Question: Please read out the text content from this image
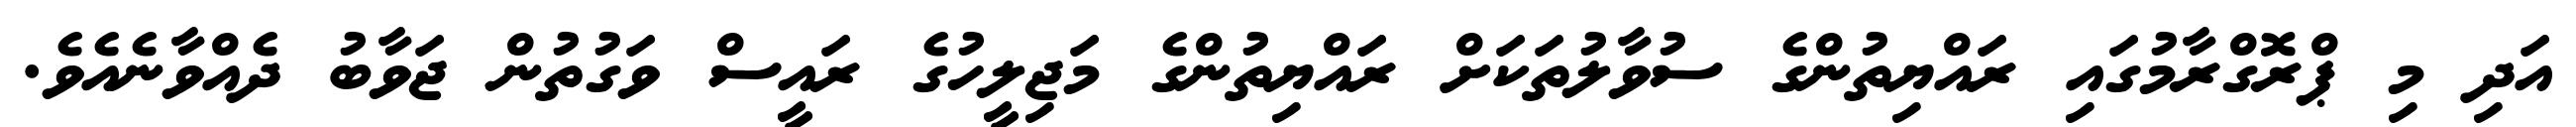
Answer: އަދި މި ޕްރޮގްރާމުގައި ރައްޔިތުންގެ ސުވާލުތަކަށް ރައްޔިތުންގެ މަޖިލީހުގެ ރައީސް ވަގުތުން ޖަވާބު ދެއްވާނެއެވެ.